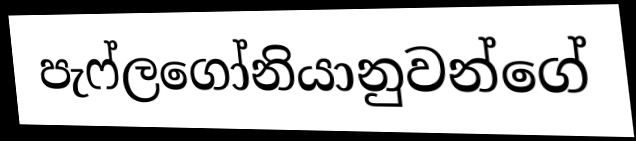
පැෆ්ලගෝනියානුවන්ගේ